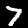
Label: 7